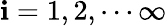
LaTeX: \mathbf{i}=1,2,\cdots\infty